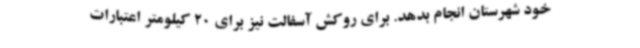
خود شهرستان انجام بدهد. برای روکش آسفالت نیز برای 20 کیلومتر اعتبارات